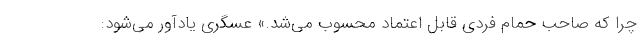
چرا که صاحب حمام فردی قابل اعتماد محسوب می‌شد.» عسگری یادآور می‌شود: